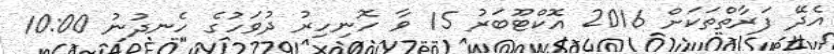
އެދޭ ފަރާތްތަކަށް 2016 އޮކްޓޫބަރު 15 ވާ ހޮނިހިރު ދުވަހުގެ ހެނދުނު 10:00